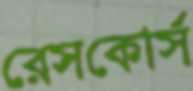
রেসকোর্স